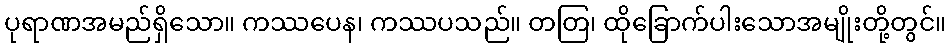
ပုရာဏအမည်ရှိသော။ ကဿပေန၊ ကဿပသည်။ တတြ၊ ထိုခြောက်ပါးသောအမျိုးတို့တွင်။